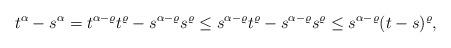
LaTeX: \begin{align*} t^{\alpha} - s^{\alpha}= t^{\alpha-\varrho} t^{\varrho} - s^{\alpha-\varrho} s^{\varrho}\leq s^{\alpha-\varrho} t^{\varrho} - s^{\alpha-\varrho} s^{\varrho}\leq s^{\alpha-\varrho} (t-s)^{\varrho},\end{align*}